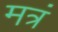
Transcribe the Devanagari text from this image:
मत्रं